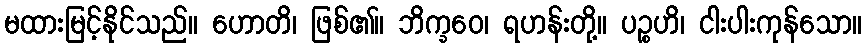
မထားမြင့်နိုင်သည်။ ဟောတိ၊ ဖြစ်၏။ ဘိက္ခဝေ၊ ရဟန်းတို့။ ပဉ္စဟိ၊ ငါးပါးကုန်သော။